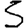
Digit: 5